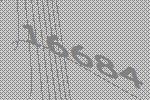
16684